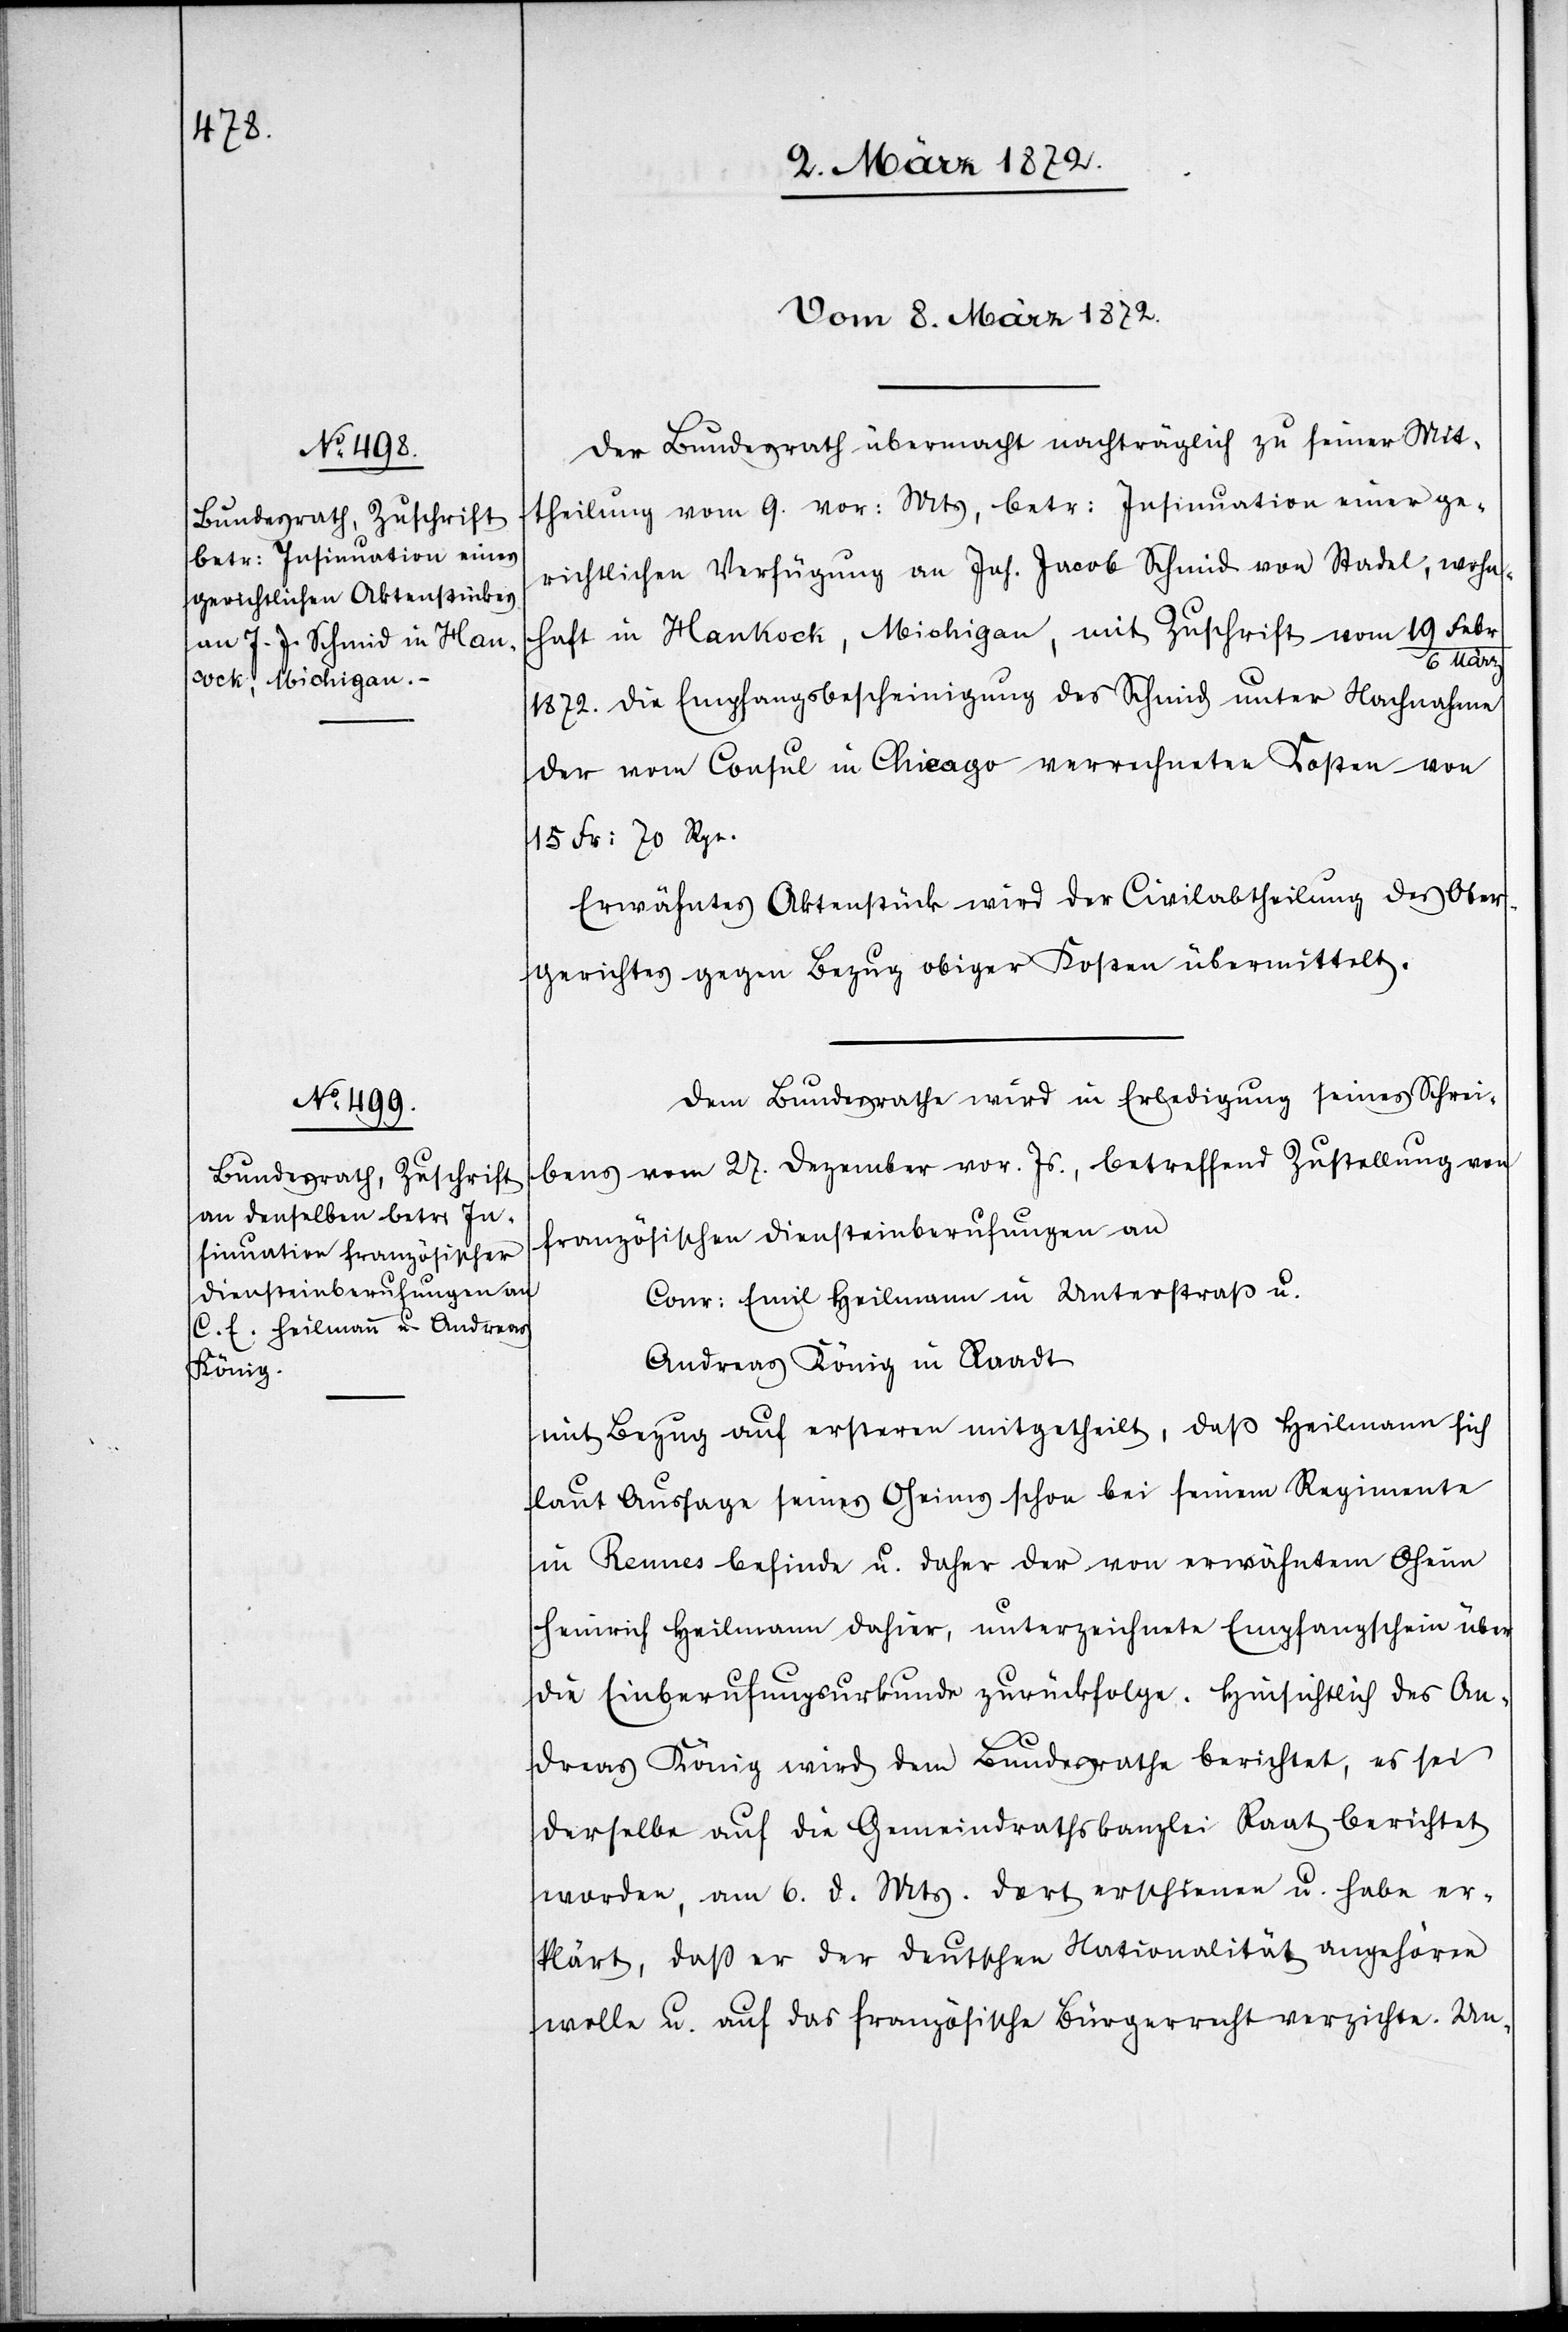
vom 8. März 1872.]
Der Bundesrath übermacht nachträglich zu seiner Mit¬
theilung vom 9. vor: Mts, betr: Insinuation einer ge¬
richtlichen Verfügung an Joh. Jacob Schmid von Stadel, wohn¬
haft in Hankock [sic!], Michigan, mit Zuschrift vom 19 Feb¬
r/6 März
1872. die Empfangsbescheinigung des Schmid unter Nachnahme
der vom Consul in Chicago verrechneten Kosten von
15 Fr. 70 Rpn.
Erwähntes Aktenstück wird der Civilabtheilung des Ober¬
gerichtes gegen Bezug obiger Kosten übermittelt.
Dem Bundesrathe wird in Erledigung seines Schrei¬
bens vom 27. Dezember vor. Js., betreffend Zustellung von
französischen Diensteinberufungen an
Conr: Emil Heilmann in Unterstraß u.
Andreas König in Raadt
mit Bezug auf ersteren mitgetheilt, daß Heilmann sich
laut Aussage seines Oheims schon bei seinem Regimente
in Rennes befinde u. daher der von erwähntem Oheim
Heinrich Heilmann dahier, unterzeichnete Empfangschein über
die Einberufungsurkunde zurückfolge. Hinsichtlich des An¬
dreas König wird dem Bundesrathe berichtet, es sei
derselbe auf die Gemeindrathskanzlei Raat berichtet
worden, am 6. d. Mts. dort erschienen u. habe er¬
klärt, daß er der deutschen Nationalität angehören
wolle u. auf das französische Bürgerrecht verzichte. Un-